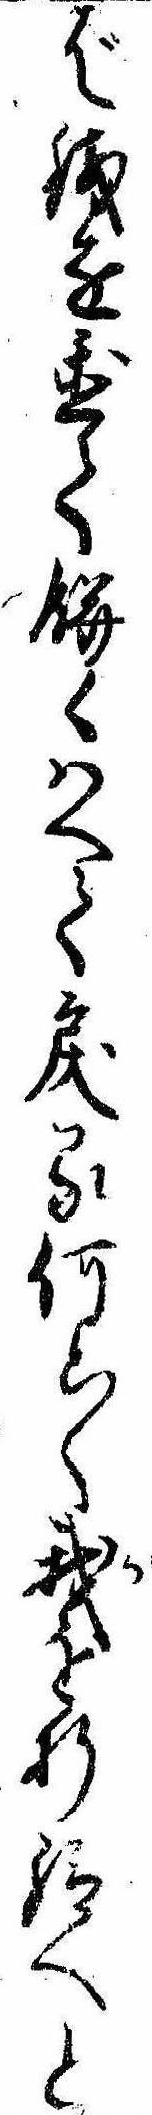
ば銭を置て餅くはへて戻る何と〱我を折給へと